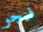
فيجو